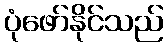
ပုံဖော်နိုင်သည်